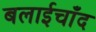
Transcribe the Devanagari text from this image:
बलाईचाँद